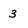
Character: 3